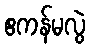
ဧကန်မလွဲ